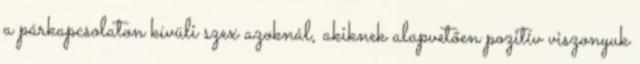
a párkapcsolaton kívüli szex azoknál, akiknek alapvetően pozitív viszonyuk